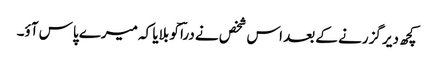
کچھ دیر گزرنے کے بعد اس شخص نے دراؔ کو بلایا کہ میرے پاس آؤ۔